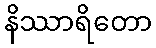
နိဿာရိတော